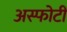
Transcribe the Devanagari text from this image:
अस्फोटी